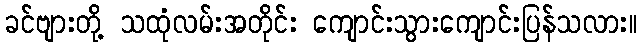
ခင်ဗျားတို့ သထုံလမ်းအတိုင်း ကျောင်းသွားကျောင်းပြန်သလား။